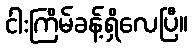
ငါးကြိမ်ခန့်ရှိလေပြီ။